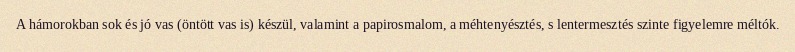
A hámorokban sok és jó vas (öntött vas is) készül, valamint a papirosmalom, a méhtenyésztés, s lentermesztés szinte figyelemre méltók.